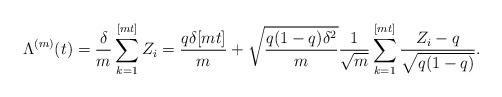
LaTeX: \begin{align*}\Lambda^{(m)}(t)=\frac{\delta}{m}\sum_{k=1}^{[mt]}Z_i=\frac{q\delta[mt]}{m}+\sqrt{\frac{q(1-q)\delta^2}{m}} \frac{1}{\sqrt{m}}\sum_{k=1}^{[mt]}\frac{Z_i-q}{\sqrt{q(1-q)}}.\end{align*}